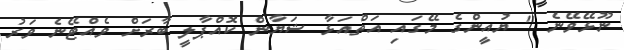
ނޫޅޭވޭނެ " ޔުއީންގެ މޭގައި އަތްއަޅާ ޝަޔާން ކޮއްޕާލީ ބާރަށް ވެއްޓޭނެ ވަރު